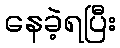
နေခဲ့ရပြီး